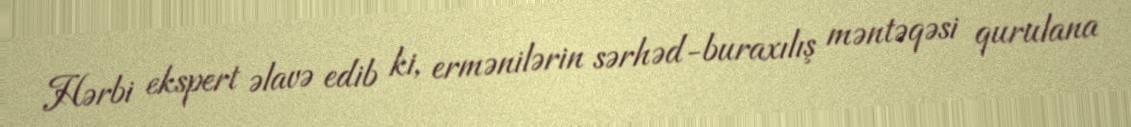
Hərbi ekspert əlavə edib ki, ermənilərin sərhəd-buraxılış məntəqəsi qurulana